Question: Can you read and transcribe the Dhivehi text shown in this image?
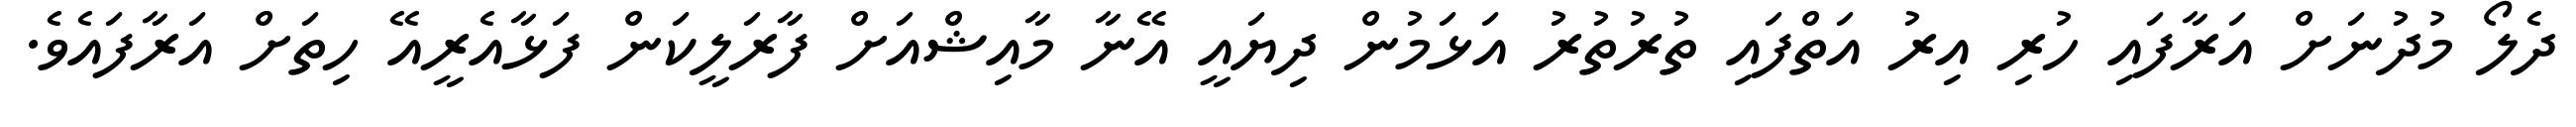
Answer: ދެލޯ މުދުނަށް އަރާފައި ހުރި އިރު އަތްފައި ތުރުތުރު އަޅަމުން ދިޔައީ އޭނާ މާއިޝްއަށް ފާރަލީކަން ފަޅާއެރީއޭ ހިތަށް އަރާފައެވެ.